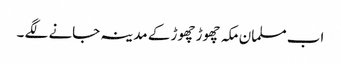
اب مسلمان مکہ چھوڑ چھوڑ کے مدینہ جانے لگے ۔